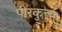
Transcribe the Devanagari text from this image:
पीरकुत्त्य्